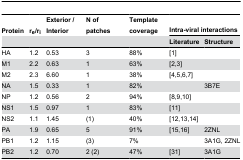
| Protein | re/ri | Exterior / Interior | N of patches | Template coverage | <COLSPAN=2> Intra-viral interactions |
 |  |  |  |  |  | Literature | Structure |
 | --- | --- | --- | --- | --- | --- | --- |
 | HA | 1.2 | 0.53 | 3 | 88% | [1] |  |
 | M1 | 2.2 | 0.63 | 1 | 63% | [2,3] |  |
 | M2 | 2.3 | 6.60 | 1 | 38% | [4,5,6,7] |  |
 | NA | 1.5 | 0.33 | 1 | 82% |  | 3B7E |
 | NP | 1.2 | 0.56 | 2 | 94% | [8,9,10] |  |
 | NS1 | 1.5 | 0.97 | 1 | 83% | [11] |  |
 | NS2 | 1.1 | 1.45 | (1) | 40% | [12,13,14] |  |
 | PA | 1.9 | 0.65 | 5 | 91% | [15,16] | 2ZNL |
 | PB1 | 1.2 | 1.15 | (3) | 7% |  | 3A1G, 2ZNL |
 | PB2 | 1.2 | 0.70 | 2 (2) | 47% | [31] | 3A1G |